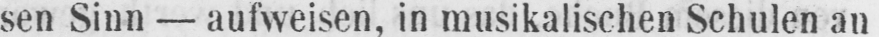
sen Sinn - aufweisen, in musikalischen Schulen an